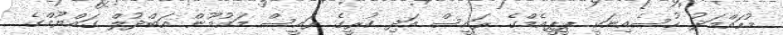
މުހައްމަދު ހުސެއިނަކީ ޕީޕީއެމްގެ ރައީސް އަދި ކުރީގެ ރައީސް މައުމޫން އަބްދުލް ގައްޔޫމްގެ